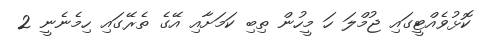
ކޮޅުވެއްޓީގައި ޖުމްލަ ހަ މީހުން ތިބި ކަމަށާއި އޭގެ ތެރޭގައި ހިމެނެނީ 2